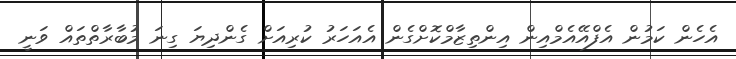
އެހެން ކަމުން އެފްއޭއެމްއިން އިންތިޒާމްކޮށްގެން އެއަހަރު ކުރިއަށް ގެންދިޔަ ގިނަ މުބާރާތްތައް ވަނީ